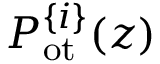
P _ { \mathrm { o t } } ^ { \{ i \} } ( z )